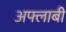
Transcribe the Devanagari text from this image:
अफ्लाबी